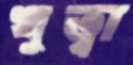
খুত্বা